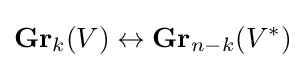
\mathbf {Gr} _{k}(V)\leftrightarrow \mathbf {Gr} _{n-k}(V^{*})